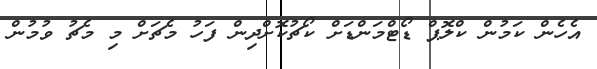
އެހެން ކަމުން ކްލޮޕް ޑޯޓްމަންޑަށް ކޯޗުކޮށްދިން ފަހު މެޗަށް މި މެޗު ވުމުން